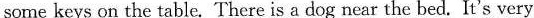
some keys on the table. There is a dog near the bed. It's very